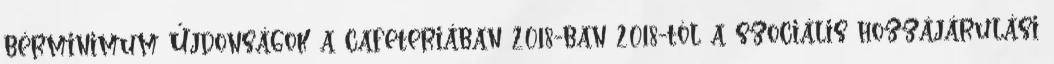
bérminimum Újdonságok a cafeteriában 2018-ban 2018-tól a szociális hozzájárulási